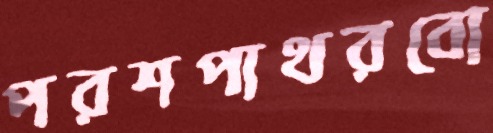
পরশপাথরবো